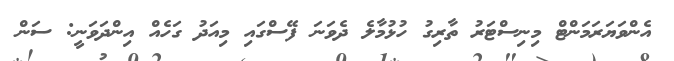
އެންވަޔަރަމަންޓް މިނިސްޓަރު ތާރިގު ހުޅުމާލެ ދެވަނަ ފޭސްގައި މިއަދު ގަހެއް އިންދަވަނީ: ސަން